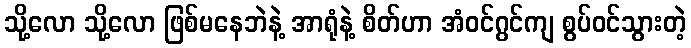
သို့လော သို့လော ဖြစ်မနေဘဲနဲ့ အာရုံနဲ့ စိတ်ဟာ အံဝင်ဂွင်ကျ စွပ်ဝင်သွားတဲ့